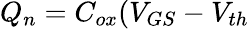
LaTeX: Q_{n}=C_{ox}(V_{GS}-V_{th}